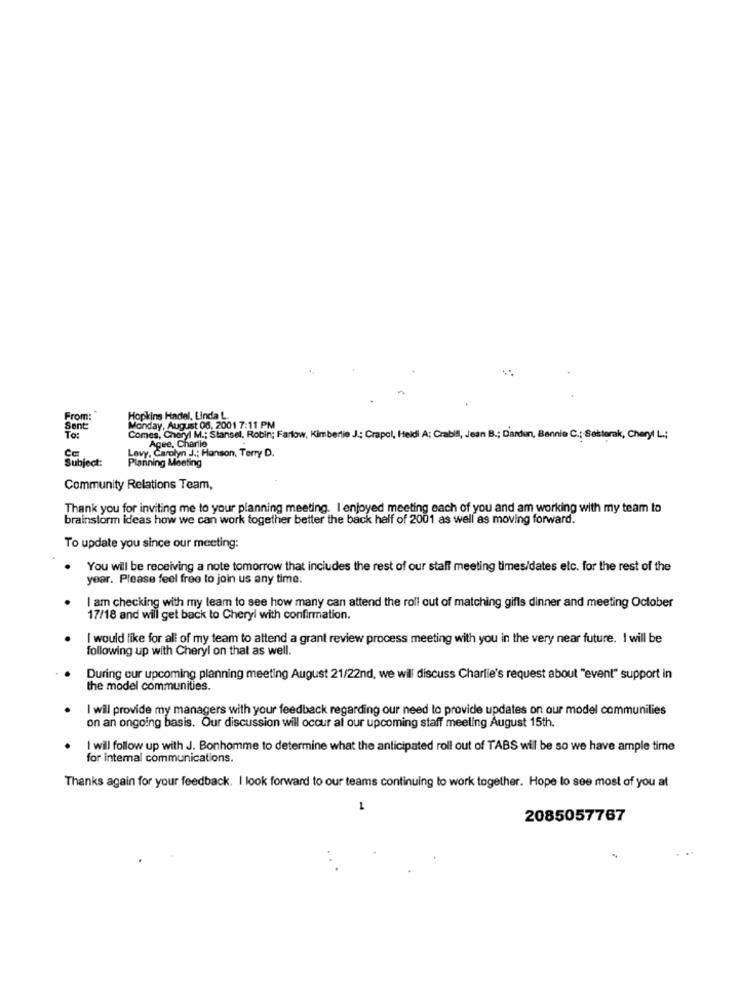
From:
Hopkins Hadel, Linda L.
Sent:
To:
Monday, August 06, 2001 7:11 PM
Comes, Cheryl M .; Stansel, Robin; Farlow, Kimbertie J .; Crapol, Heidi A; Crabill, Jean B .; Darden, Bennie C .; Sastorak, Cheryl L .;
Agee, Charlie
Levy, Carolyn J .; Hanson, Terry D.
Subject:
Planning Meeting
Community Relations Team,
Thank you for inviting me to your planning meeting. I enjoyed meeting each of you and am working with my team to
brainstorm ideas how we can work together better the back half of 2001 as well as moving forward.
To update you since our meeting:
You will be receiving a note tomorrow that includes the rest of our staff meeting times/dates elc. for the rest of the
year. Please feel free to join us any time.
I am checking with my team to see how many can attend the roll out of matching gifls dinner and meeting October
17/18 and will get back to Cheryl with confirmation.
I would like for all of my team to attend a grant review process meeting with you in the very near future. I will be
following up with Cheryl on that as well.
During our upcoming planning meeting August 21/22nd, we wil discuss Charlie's request about "event" support in
the model communities.
I will provide my managers with your feedback regarding our need to provide updates on our model communilies
on an ongoing basis. Our discussion will occur al our upcoming staff meeting August 15th.
I will follow up with J. Bonhomme to determine what the anticipated roll out of TABS will be so we have ample time
for internal communications.
Thanks again for your feedback. I look forward to our teams continuing to work together. Hope lo see most of you at
L
2085057767